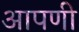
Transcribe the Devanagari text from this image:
आपणी